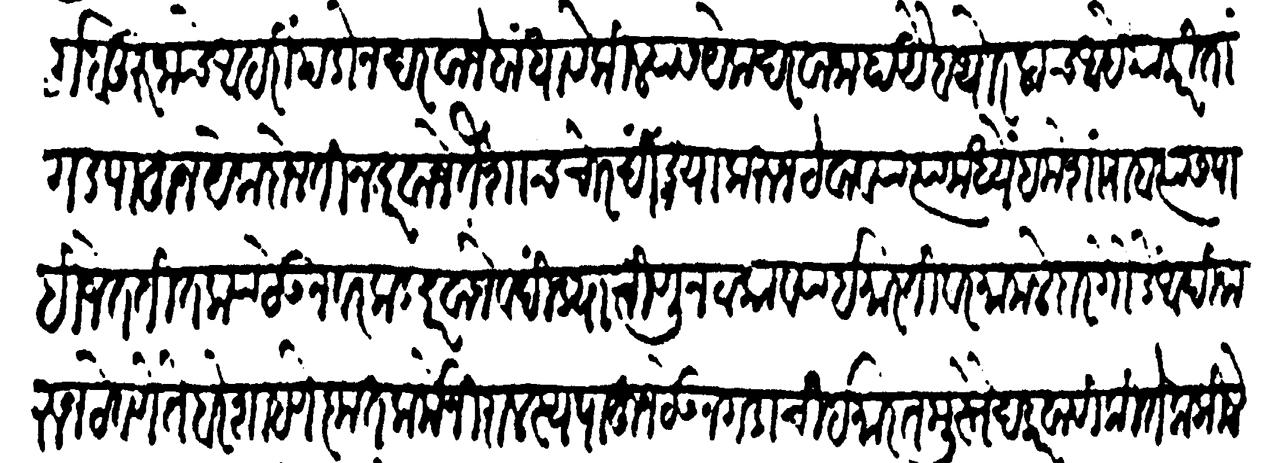
Transliteration (Devanagari): र्ग बुरुजाचे आहारीं पडोन दरवाजे बांधावे किल्ल्यास येक दरवाजा हा ऐब थोरलाच आहे याकरितां गड पाहून येक दोन तीन दरवाजे तैशाच चोरदिंड्या करुन ठेवाव्या त्यामध्यें हमेशा राबत्यास पाहिजेत तितक्या ठेऊन वरकड दरवाजे व दिंड्या चिणून टाकाव्या इमारतीवर मामलेदार गौडे आदि करुन ठेवणें ते बरे शाहणे कृतकर्मे निरालस्य पाहून ठेऊन गडाची इमारत मुस्तैद करावी कितेक किल्ले